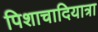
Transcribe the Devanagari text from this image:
पिशाचादियात्रा